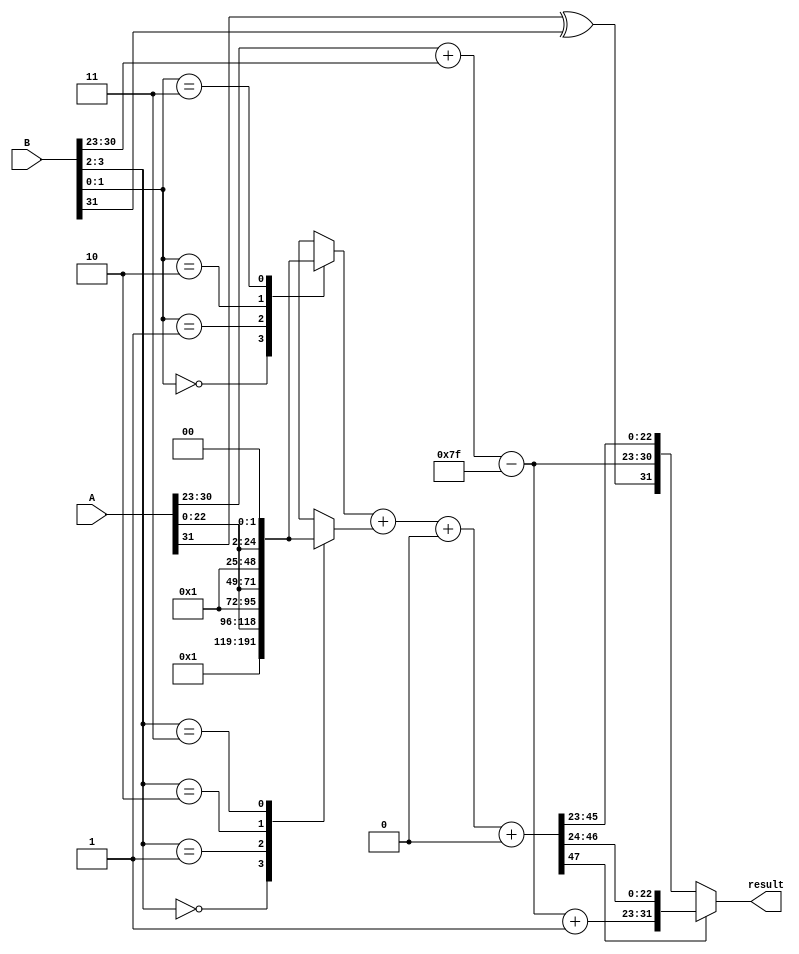
module Radix4_FP_Multiplier (
    input [31:0] A, // 32-bit input A (IEEE 754 single precision)
    input [31:0] B, // 32-bit input B (IEEE 754 single precision)
    output reg [31:0] result // 32-bit output result
);

    // IEEE 754 components
    wire sign_A = A[31];
    wire sign_B = B[31];
    wire [7:0] exponent_A = A[30:23];
    wire [7:0] exponent_B = B[30:23];
    wire [23:0] mantissa_A = {1'b1, A[22:0]}; // Implicit leading 1
    wire [23:0] mantissa_B = {1'b1, B[22:0]}; // Implicit leading 1

    // Result components
    wire sign_result;
    wire [7:0] exponent_result;
    wire [47:0] mantissa_product; // Intermediate product

    // Sign calculation
    assign sign_result = sign_A ^ sign_B;

    // Exponent calculation
    localparam BIAS = 8'd127;
    assign exponent_result = (exponent_A + exponent_B) - BIAS;

    // Mantissa multiplication using Radix-4
    reg [47:0] partial_product [0:3]; // Four partial products
    integer i;

    always @(*) begin
        // Initialize partial products
        for (i = 0; i < 4; i = i + 1) begin
            partial_product[i] = 48'b0;
        end

        // Generate partial products based on Radix-4 encoding
        // Assuming B[1:0] is the least significant bits for Radix-4
        case (B[1:0])
            2'b00: partial_product[0] = 0; // 0
            2'b01: partial_product[0] = {24'b0, mantissa_A}; // A
            2'b10: partial_product[0] = {24'b0, mantissa_A} << 1; // 2A
            2'b11: partial_product[0] = {24'b0, mantissa_A} << 2; // 4A
        endcase

        // Repeat for other bits of B
        // Here we consider B[3:2] as the next bits for Radix-4
        case (B[3:2])
            2'b00: partial_product[1] = 0; // 0
            2'b01: partial_product[1] = {24'b0, mantissa_A}; // A
            2'b10: partial_product[1] = {24'b0, mantissa_A} << 1; // 2A
            2'b11: partial_product[1] = {24'b0, mantissa_A} << 2; // 4A
        endcase

        // Combine partial products
        mantissa_product = partial_product[0] + partial_product[1] + partial_product[2] + partial_product[3];
    end

    // Normalization and rounding (simplified)
    always @(*) begin
        // Check for normalization
        if (mantissa_product[47]) begin
            // Shift right and increment exponent
            result = {sign_result, exponent_result + 1, mantissa_product[46:24]};
        end else begin
            result = {sign_result, exponent_result, mantissa_product[45:23]};
        end
    end

endmodule